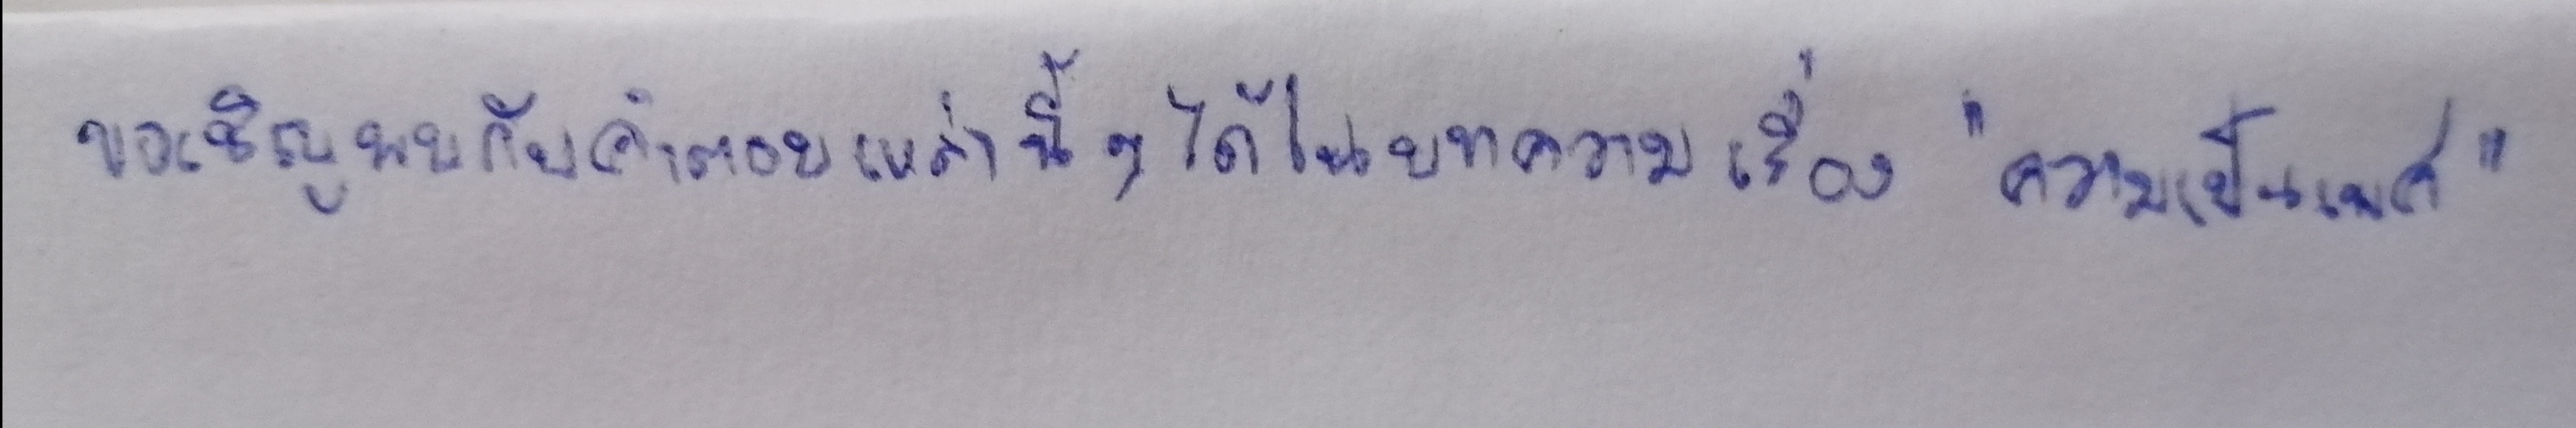
ขอเชิญพบกับคำตอบเหล่านี้ๆได้ในบทความเรื่อง"ความเป็นเพศ"